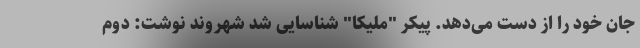
جان خود را از دست می‌دهد. پیکر "ملیکا" شناسایی شد شهروند نوشت: دوم